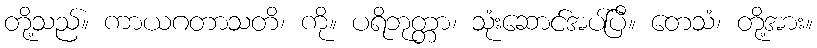
တို့သည်။ ကာယဂတာသတိ၊ ကို။ ပရိဘုတ္တာ၊ သုံးဆောင်အပ်ပြီ။ တေသံ၊ တို့အား။